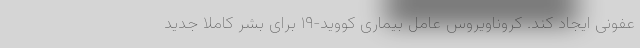
عفونی ایجاد کند. کروناویروس عامل بیماری کووید-۱۹ برای بشر کاملا جدید